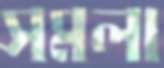
সমলা